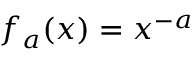
f _ { a } ( x ) = x ^ { - a }